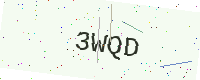
Text: 3WQD